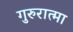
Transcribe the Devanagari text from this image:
गुरुरात्मा